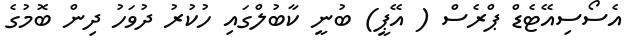
އެސޯސިއޭޓެޑް ޕްރެސް ( އޭޕީ) ބުނީ ކާބުލްގައި ހުކުރު ދުވަހު ދިން ބޮމުގެ